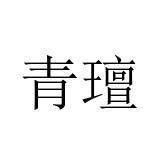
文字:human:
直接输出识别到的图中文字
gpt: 青璮